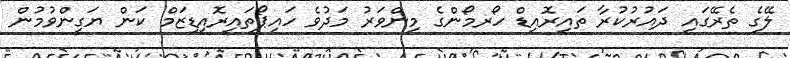
ލޭގެ ތެރޭގައި ދައުރުކުރާ ތައިރޮއިޑް ހޯރމޯންގެ މިންވަރު މަދުވެ ހައިޕޯތައިރޮއިޑިޒަމް ކަން ޔަގީންވުމުން